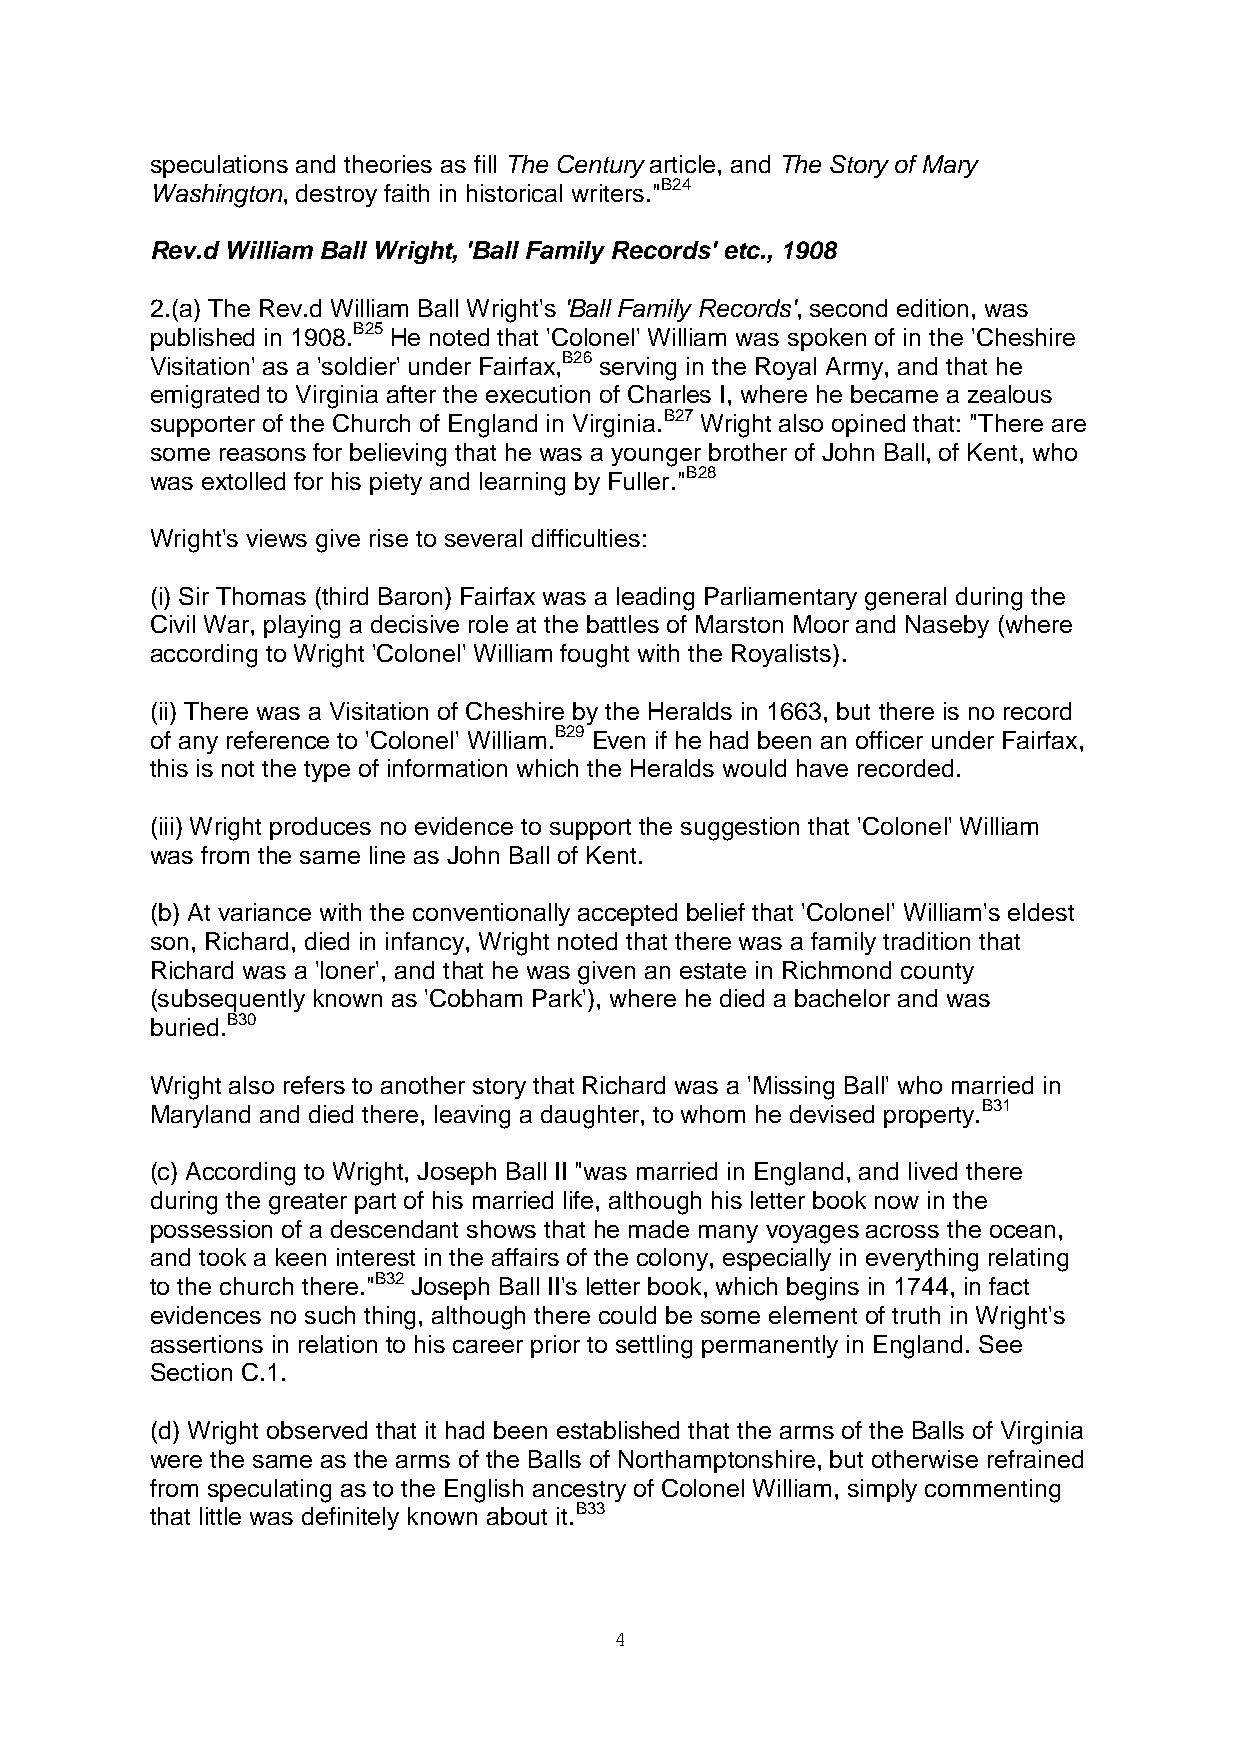
speculations and theories as fill The Century article, and The Story of Mary
 Washington, destroy faith in historical writers."B24
 Rev.d William Ball Wright, 'Ball Family Records' etc., 1908
 2.(a) The Rev.d William Ball Wright's 'Ball Family Records', second edition, was
 published in 1908.B25 He noted that 'Colonel' William was spoken of in the 'Cheshire
 Visitation' as a 'soldier' under Fairfax,B26 serving in the Royal Army, and that he
 emigrated to Virginia after the execution of Charles I, where he became a zealous
 supporter of the Church of England in Virginia.B27 Wright also opined that: "There are
 some reasons for believing that he was a younger brother of John Ball, of Kent, who
 was extolled for his piety and learning by Fuller."B28
 Wright's views give rise to several difficulties:
 (i) Sir Thomas (third Baron) Fairfax was a leading Parliamentary general during the
 Civil War, playing a decisive role at the battles of Marston Moor and Naseby (where
 according to Wright 'Colonel' William fought with the Royalists).
 (ii) There was a Visitation of Cheshire by the Heralds in 1663, but there is no record
 of any reference to 'Colonel' William.B29 Even if he had been an officer under Fairfax,
 this is not the type of information which the Heralds would have recorded.
 (iii) Wright produces no evidence to support the suggestion that 'Colonel' William
 was from the same line as John Ball of Kent.
 (b) At variance with the conventionally accepted belief that 'Colonel' William's eldest
 son, Richard, died in infancy, Wright noted that there was a family tradition that
 Richard was a 'loner', and that he was given an estate in Richmond county
 (subsequently known as 'Cobham Park'), where he died a bachelor and was
 buried.B30
 Wright also refers to another story that Richard was a 'Missing Ball' who married in
 Maryland and died there, leaving a daughter, to whom he devised property.B31
 (c) According to Wright, Joseph Ball II "was married in England, and lived there
 during the greater part of his married life, although his letter book now in the
 possession of a descendant shows that he made many voyages across the ocean,
 and took a keen interest in the affairs of the colony, especially in everything relating
 to the church there."B32 Joseph Ball II's letter book, which begins in 1744, in fact
 evidences no such thing, although there could be some element of truth in Wright's
 assertions in relation to his career prior to settling permanently in England. See
 Section C.1.
 (d) Wright observed that it had been established that the arms of the Balls of Virginia
 were the same as the arms of the Balls of Northamptonshire, but otherwise refrained
 from speculating as to the English ancestry of Colonel William, simply commenting
 that little was definitely known about it.B33
 4